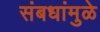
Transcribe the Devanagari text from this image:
संबधांमुळे